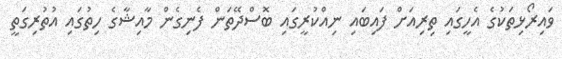
ވައިރޯޅިތަކުގެ އެހީގައި ތިރިއަށް ފައިބައި ނިއްކުރީގައި ބޮސްދޭތަން ފެނިގެން މާއިޝާގެ ހިތުގައި އުތުރިގަތީ